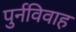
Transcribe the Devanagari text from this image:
पुर्नविवाह